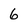
Character: 6